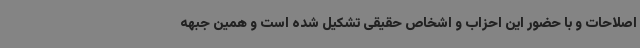
اصلاحات و با حضور این احزاب و اشخاص حقیقی تشکیل شده است و همین جبهه